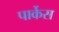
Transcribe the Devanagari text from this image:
पार्केस